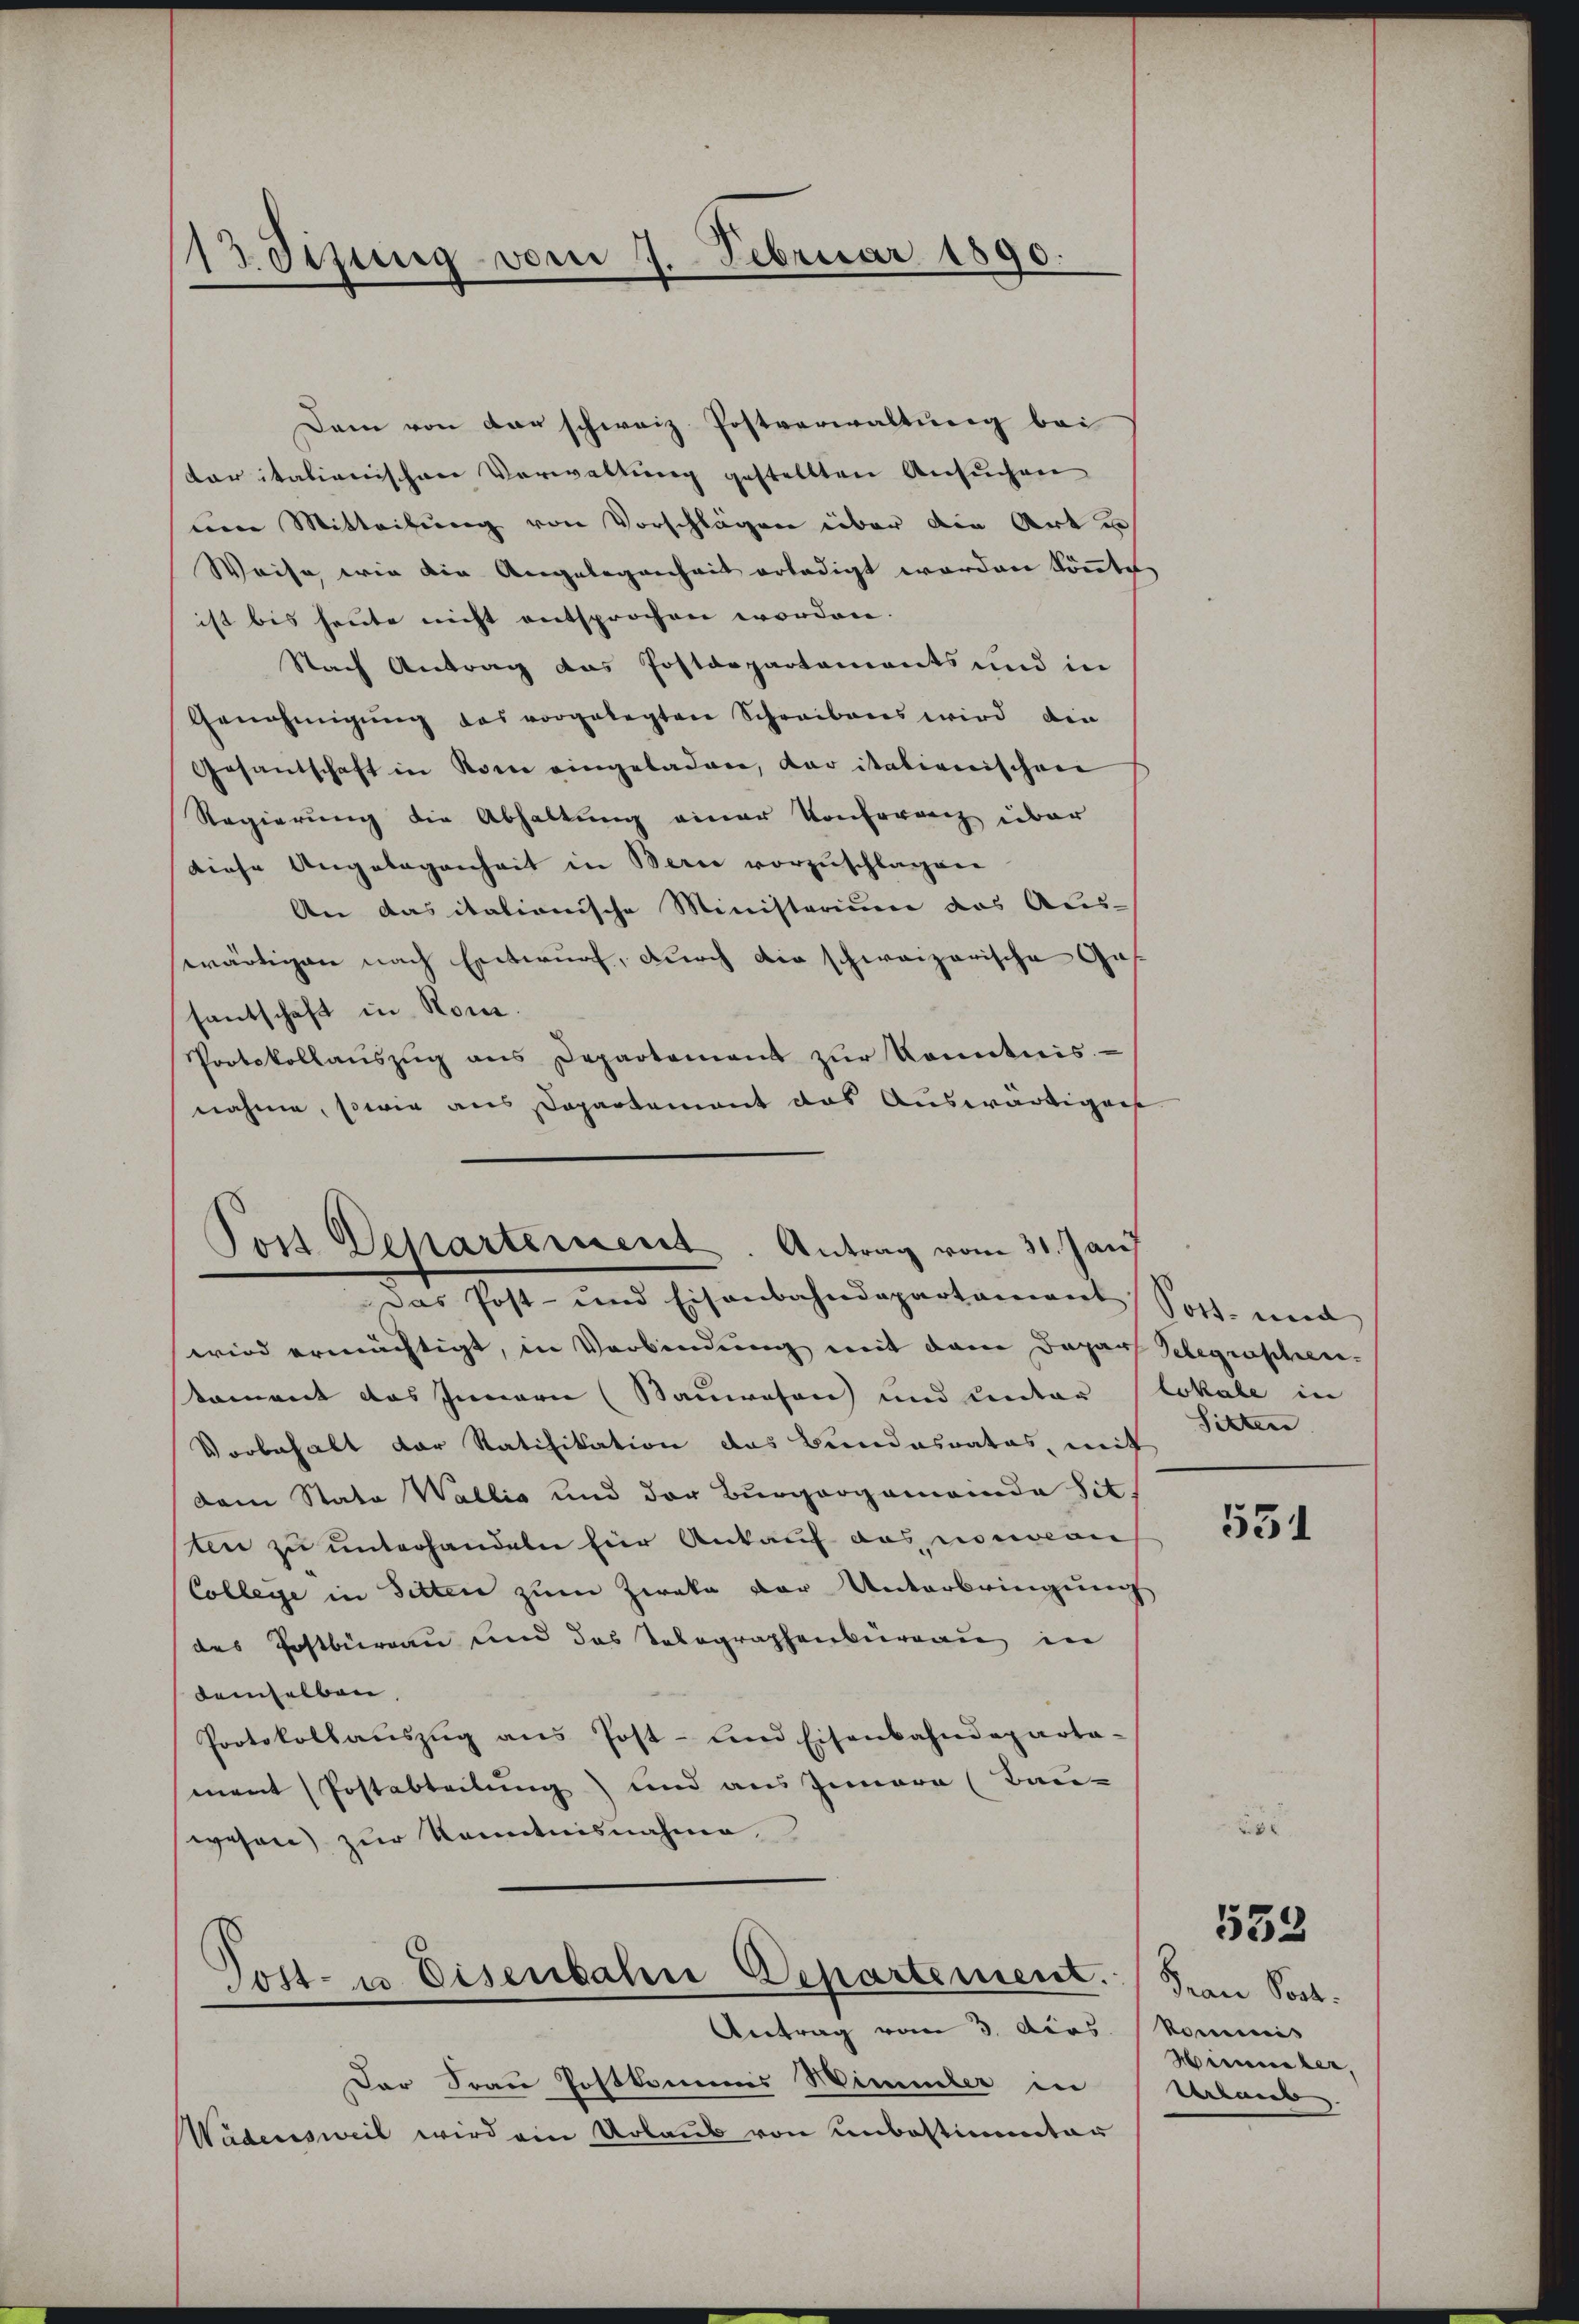
113 dizung vom 7. Februar 1890
.

Post Departement. Antrag vom 31. Jan

Dem von der schweiz. Postverwaltung bei
kar italienischen Verwaltung gestellten Ansuchen
eine Mitteilung von Vorschlägen über die Art u
Weise, wie die Angelegenheit erledigt werden könnte
ist bis heute nicht entsprochen worden.
Nach Antrag das Postdepartements und in
Genehmigŭng das vorgelegten Schreibens wird die
Gesantschaft in Rom eingeladen, der italienischen
Regierung die Abhaltung einer Konferenz über
Diese Angelegenheit in Berne vorzuschlagen
An das italionische Ministorium das Aus-
wärtigen nach Entwurf, durch die schweizerische Ges.
santschaft in Rout.
Protokollaŭszŭg ans Departement zŭr Kenntnis
nahme, sowie aus Departement das Auswärtigens

Post- u. Eisenbahn Departement. (Frau Post.
Antrag vom 3. dies

hast und sichenbahndepartament, Sohn und
wird ermächtigt, in Verbindung mit dem Dapar Schegraschen-
tament das Innern (Sauwesen und unter lokale in
Vorbehalt der Ratifikation das Bundesrates, mit
dem Stata Wallis und der Burgergemeinde Sit
ten zu unterhandeln für Ankauf das nommen
College in Sitten zum Zweka der Unterbringung
des Postburgau und das Telegraphenbureau in
demselben
Protokollaŭszŭg ans Post- und Eisenbahndeparta-
ment (Postabteilung) und aus Gemare (Bau-
wesen) zŭr Kenntnisnahme

Der Frau Postkommis Himmler in
Wadensweil wird ein Urlaub von Unbestimmter

Sitten

531

2

komicis
Hirueber,
Verlaub

532